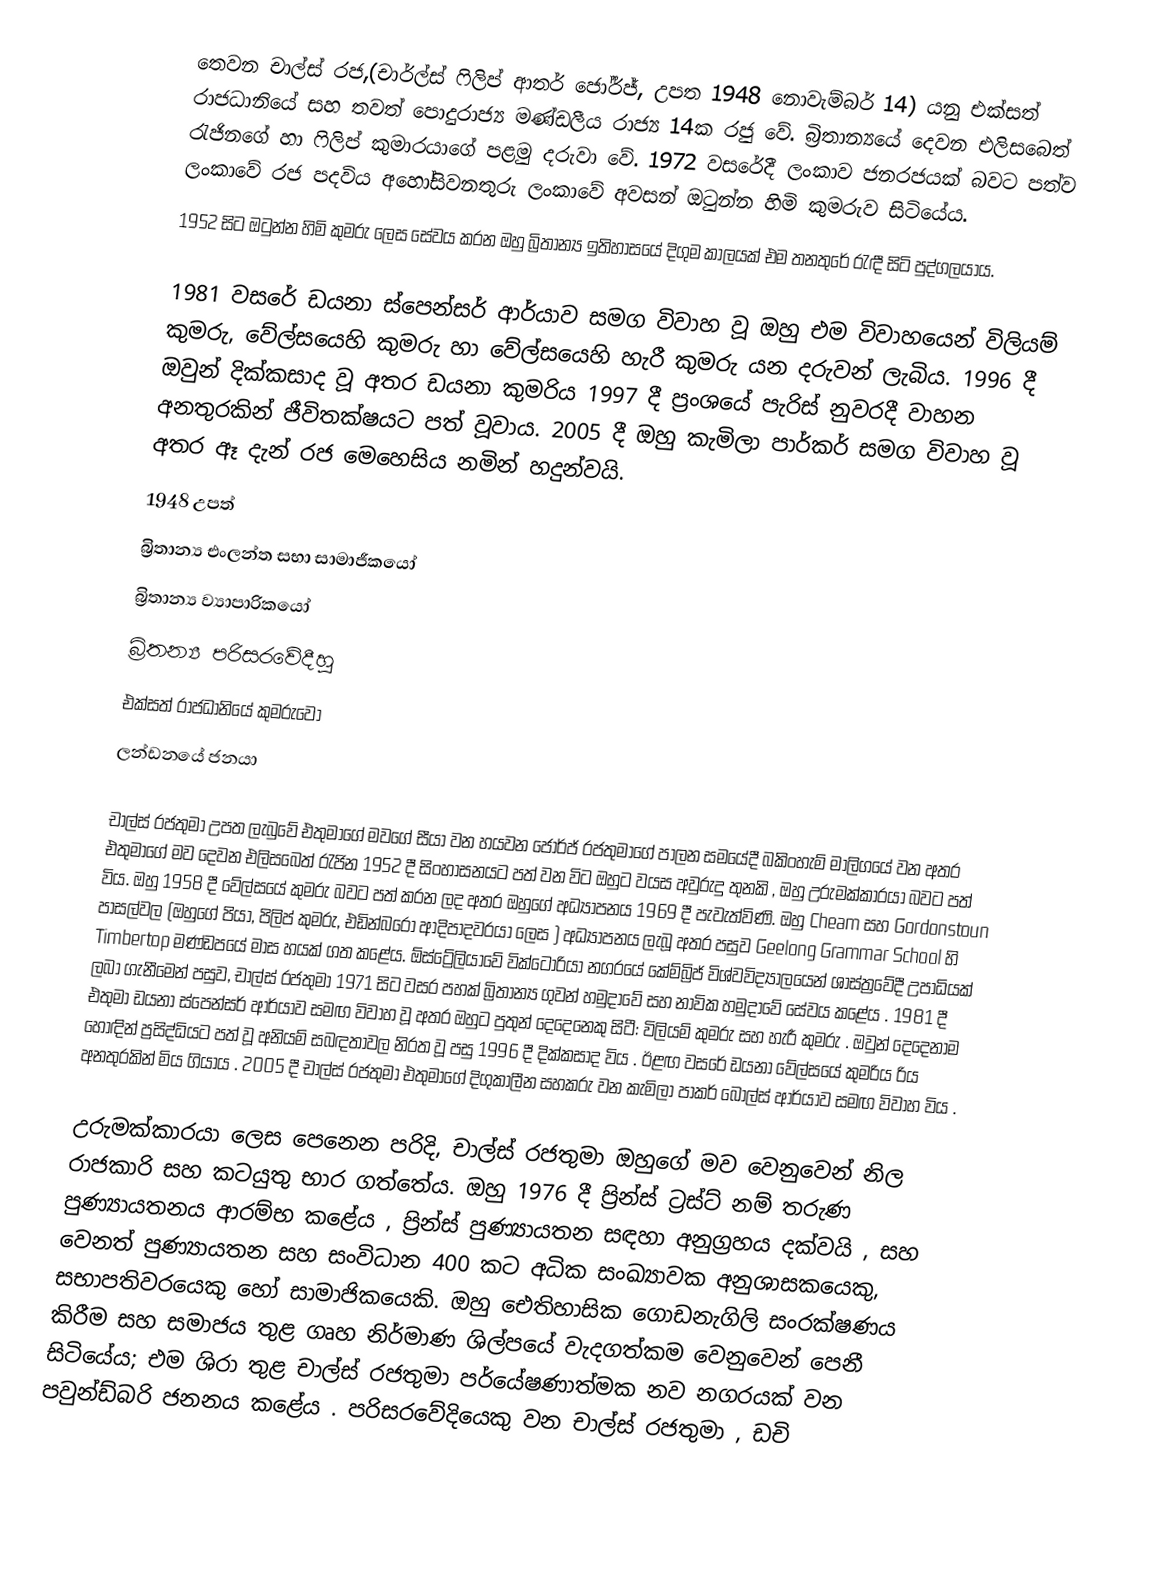
තෙවන චාල්ස් රජ,(චාර්ල්ස් ෆිලිප් ආතර් ජෝර්ජ්, උපත 1948 නොවැම්බර් 14) යනු එක්සත් රාජධානියේ සහ තවත් පොදුරාජ්‍ය මණ්ඩලීය රාජ්‍ය 14ක රජු වේ. බ්‍රිතාන්‍යයේ දෙවන එලිසබෙත් රැජිනගේ හා ෆිලිප් කුමාරයාගේ පළමු දරුවා වේ. 1972 වසරේදී ලංකාව ජනරජයක් බවට පත්ව ලංකාවේ රජ පදවිය අහෝසිවනතුරු ලංකාවේ අවසන් ඔටුන්න හිමි කුමරුව සිටියේය.
1952 සිට ඔටුන්න හිමි කුමරු ලෙස සේවය කරන ඔහු බ්‍රිතාන්‍ය ඉතිහාසයේ දිගුම කාලයක් එම තනතුරේ රැඳී සිටි පුද්ගලයාය.

1981 වසරේ ඩයනා ස්පෙන්සර් ආර්යාව සමග විවාහ වූ ඔහු එම විවාහයෙන් විලියම් කුමරු, වේල්සයෙහි කුමරු හා වේල්සයෙහි හැරී කුමරු යන දරුවන් ලැබිය. 1996 දී ඔවුන් දික්කසාද වූ අතර ඩයනා කුමරිය 1997 දී ප්‍රංශයේ පැරිස් නුවරදී වාහන අනතුරකින් ජීවිතක්ෂයට පත් වූවාය. 2005 දී ඔහු කැමිලා පාර්කර් සමග විවාහ වූ අතර ඈ දැන් රජ මෙහෙසිය නමින් හදුන්වයි.
1948 උපත්
බ්‍රිතාන්‍ය එංලන්ත සභා සාමාජීකයෝ
බ්‍රිතාන්‍ය ව්‍යාපාරිකයෝ
බ්‍රිතන්‍ය පරිසරවේදීහු
එක්සත් රාජධානියේ කුමරුවෝ
ලන්ඩනයේ ජනයා

චාල්ස් රජතුමා උපත ලැබුවේ එතුමාගේ මවගේ සීයා වන හයවන ජෝර්ජ් රජතුමාගේ පාලන සමයේදී බකිංහැම් මාලිගයේ වන අතර එතුමාගේ මව දෙවන එලිසබෙත් රැජින 1952 දී සිංහාසනයට පත් වන විට ඔහුට වයස අවුරුදු තුනකි , ඔහු උරුමක්කාරයා බවට පත් විය. ඔහු 1958 දී වේල්සයේ කුමරු බවට පත් කරන ලද අතර ඔහුගේ අධ්‍යාපනය 1969 දී පැවැත්විණි. ඔහු Cheam සහ Gordonstoun පාසල්වල (ඔහුගේ පියා, පිලිප් කුමරු, එඩින්බරෝ ආදිපාදවරයා ලෙස ) අධ්‍යාපනය ලැබූ අතර පසුව Geelong Grammar School හි Timbertop මණ්ඩපයේ මාස හයක් ගත කළේය. ඕස්ට්‍රේලියාවේ වික්ටෝරියා නගරයේ කේම්බ්‍රිජ් විශ්වවිද්‍යාලයෙන් ශාස්ත්‍රවේදී උපාධියක් ලබා ගැනීමෙන් පසුව, චාල්ස් රජතුමා 1971 සිට වසර පහක් බ්‍රිතාන්‍ය ගුවන් හමුදාවේ සහ නාවික හමුදාවේ සේවය කළේය . 1981 දී එතුමා ඩයනා ස්පෙන්සර් ආර්යාව සමඟ විවාහ වූ අතර ඔහුට පුතුන් දෙදෙනෙකු සිටී: විලියම් කුමරු සහ හැරී කුමරු  . ඔවුන් දෙදෙනාම හොඳින් ප්‍රසිද්ධියට පත් වූ අනියම් සබඳතාවල නිරත වූ පසු 1996 දී දික්කසාද විය . ඊළඟ වසරේ ඩයනා වේල්සයේ කුමරිය රිය අනතුරකින් මිය ගියාය . 2005 දී චාල්ස් රජතුමා එතුමාගේ දිගුකාලීන සහකරු වන කැමිලා පාකර් බෝල්ස් ආර්යාව සමඟ විවාහ විය .

උරුමක්කාරයා ලෙස පෙනෙන පරිදි, චාල්ස් රජතුමා ඔහුගේ මව වෙනුවෙන් නිල රාජකාරි සහ කටයුතු භාර ගත්තේය. ඔහු 1976 දී ප්‍රින්ස් ට්‍රස්ට් නම් තරුණ පුණ්‍යායතනය ආරම්භ කළේය , ප්‍රින්ස් පුණ්‍යායතන සඳහා අනුග්‍රහය දක්වයි , සහ වෙනත් පුණ්‍යායතන සහ සංවිධාන 400 කට අධික සංඛ්‍යාවක අනුශාසකයෙකු, සභාපතිවරයෙකු හෝ සාමාජිකයෙකි. ඔහු ඓතිහාසික ගොඩනැගිලි සංරක්ෂණය කිරීම සහ සමාජය තුළ ගෘහ නිර්මාණ ශිල්පයේ වැදගත්කම වෙනුවෙන් පෙනී සිටියේය; එම ශිරා තුළ චාල්ස්  රජතුමා පර්යේෂණාත්මක නව නගරයක් වන පවුන්ඩ්බරි ජනනය කළේය . පරිසරවේදියෙකු වන චාල්ස් රජතුමා , ඩචි